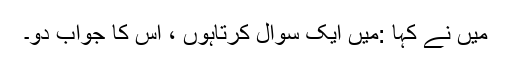
میں نے کہا :میں ایک سوال کرتاہوں ، اس کا جواب دو۔